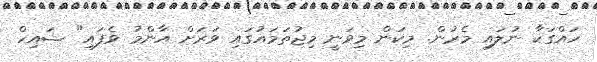
ހައްގަކާ ނުލައި މެރުން. މިކަން މިވަނީ މިޖުތަމައުގައި ވަރަށް އާންމު ވެފައި" ޝައިހް